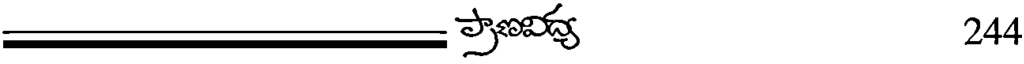
244